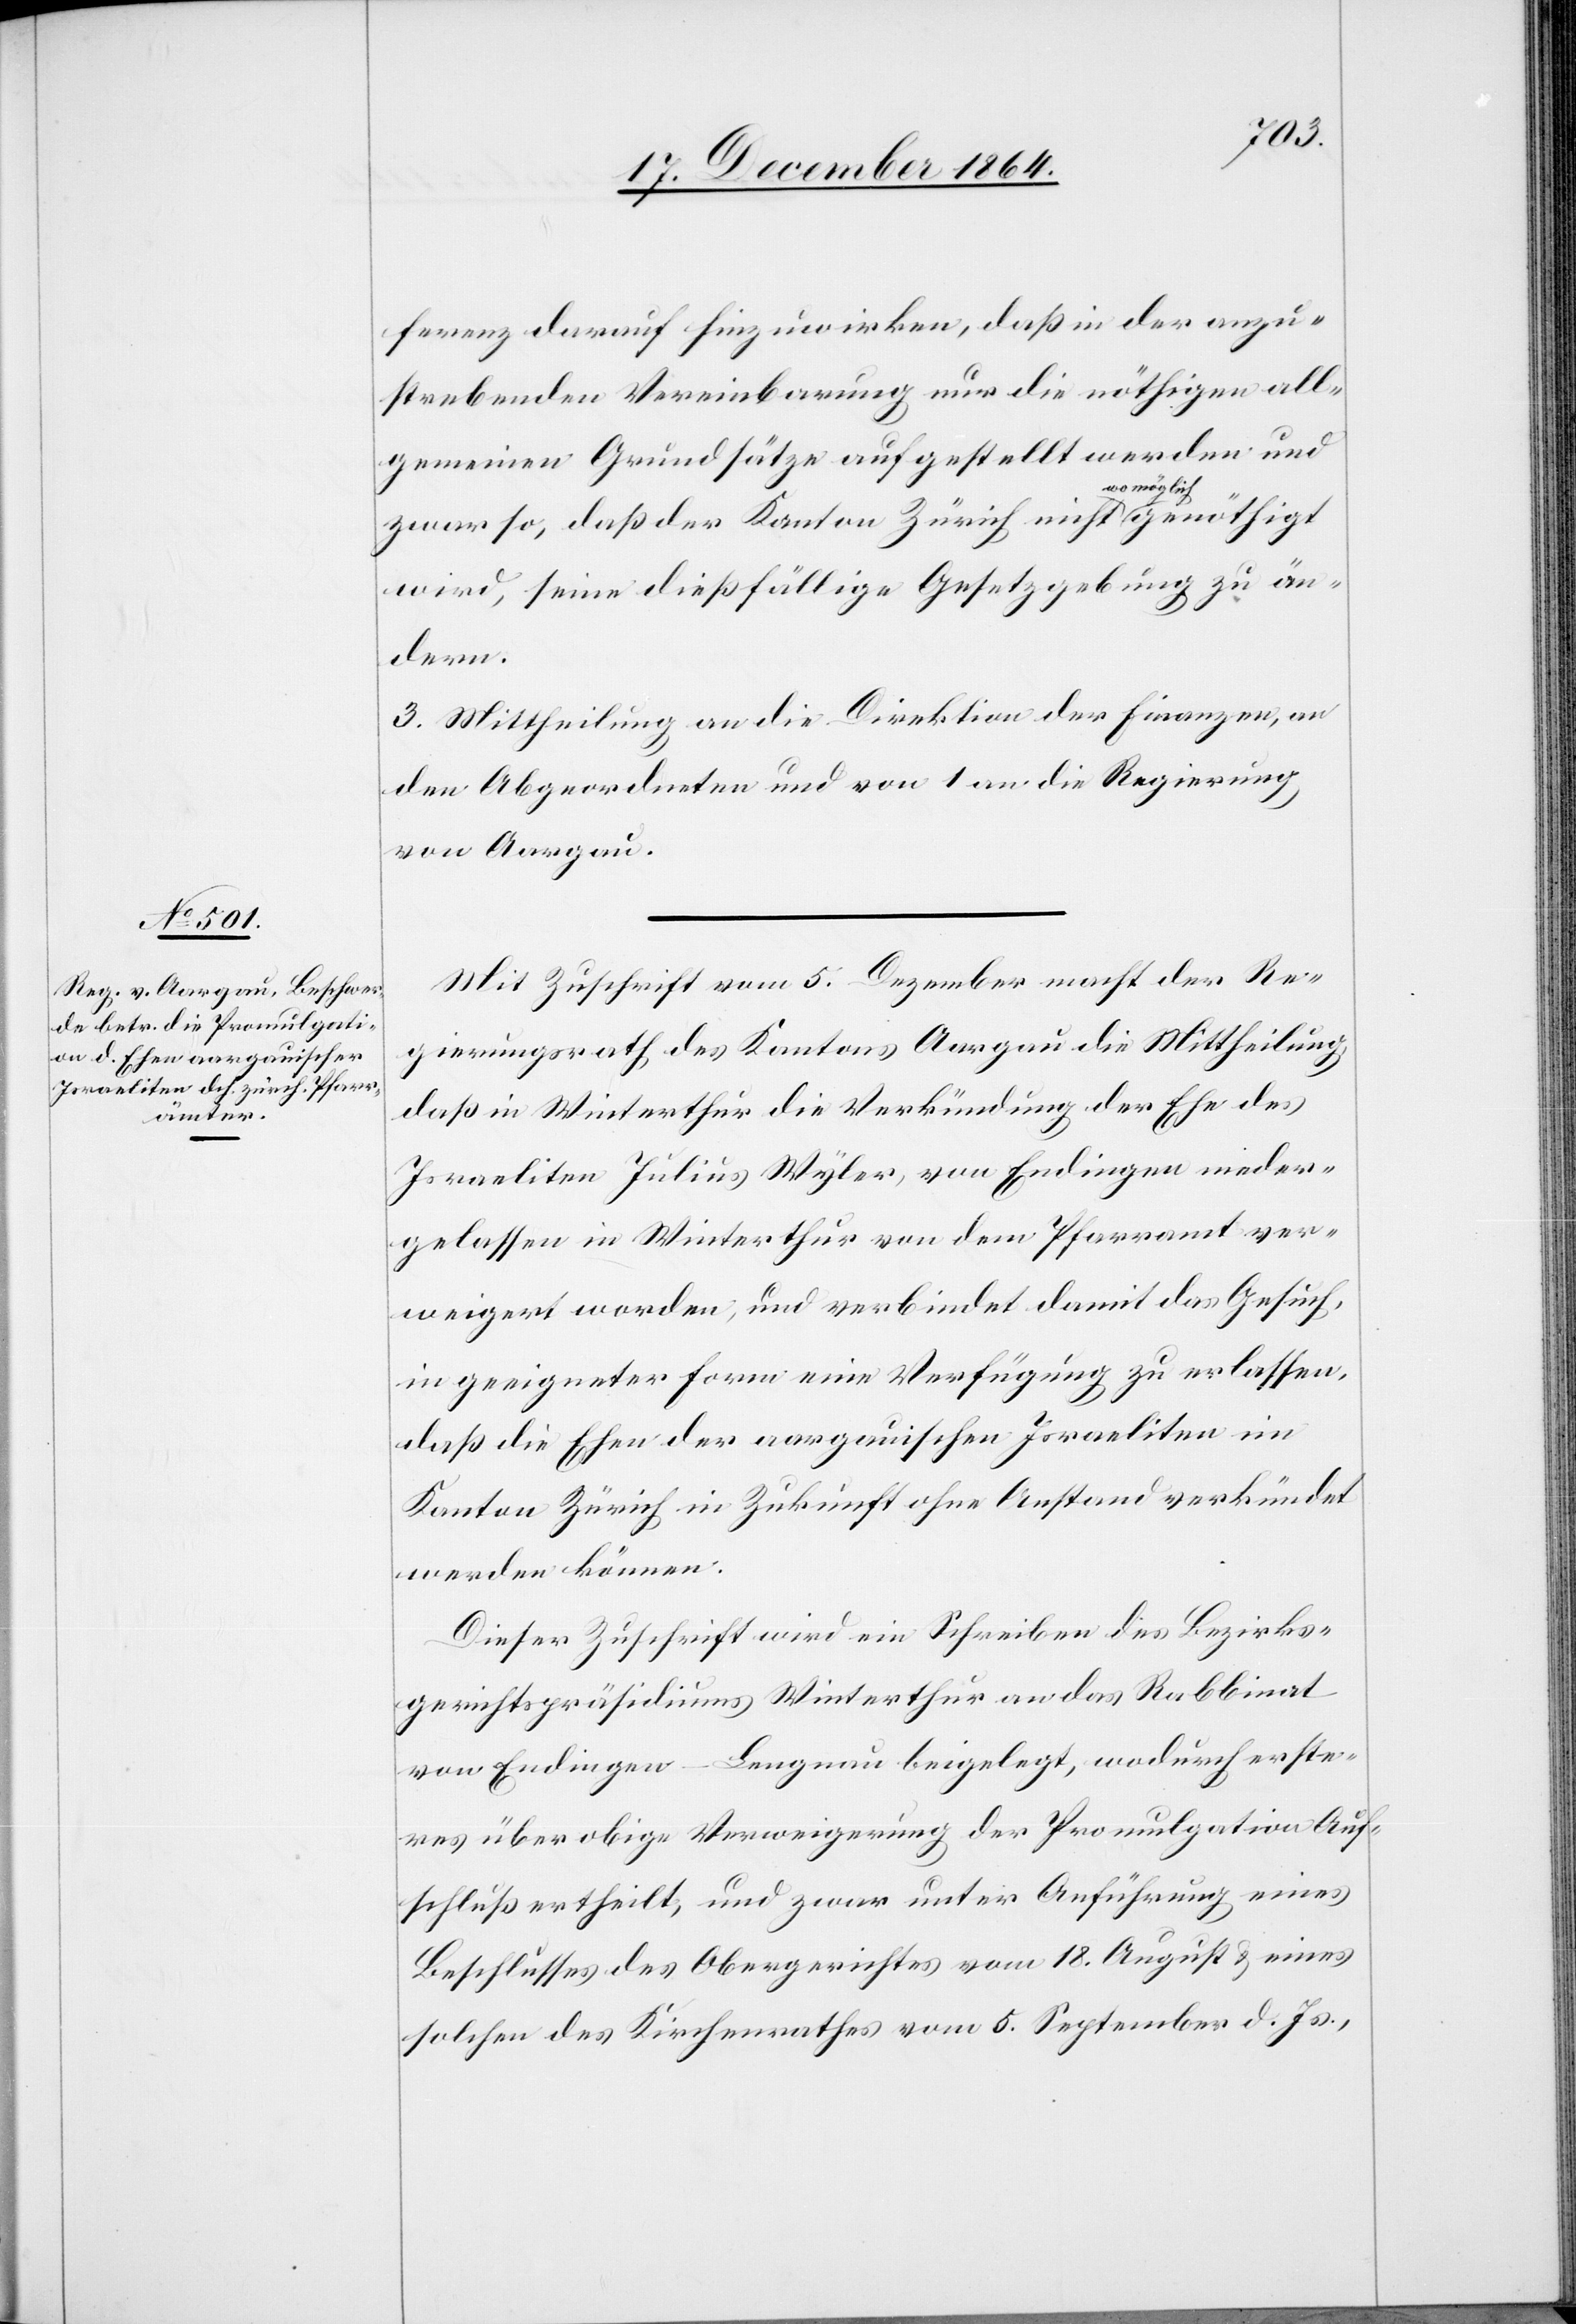
ferenz darauf hinzuwirken, daß in der anzu¬
strebenden Vereinbarung nur die nöthigen all¬
gemeinen Grundsätze aufgestellt werden und
zwar so, daß der Kanton Zürich nicht a-womöglich-a
wird, seine dießfällige Gesetzgebung zu än¬
dern.
3. Mittheilung an die Direktion der Finanzen, an
den Abgeordneten und von 1 an die Regierung
von Aargau.
Mit Zuschrift vom 5. Dezember macht der Re¬
gierungsrath des Kantons Aargau die Mittheilung,
daß in Winterthur die Verkündung der Ehe des
Israeliten Julius Wyler, von Endingen nieder¬
gelassen in Winterthur von dem Pfarramt ver¬
weigert worden, und verbindet damit das Gesuch,
in geeigneter Form eine Verfügung zu erlassen,
daß die Ehen der aargauischen Israeliten im
Kanton Zürich in Zukunft ohne Anstand verkündet
werden können.
Dieser Zuschrift wird ein Schreiben des Bezirks¬
gerichtspräsidiums Winterthur an das Rabbinat
von Endingen-Lengnau beigelegt, wodurch erste¬
res über obige Verweigerung der Promulgation Auf¬
schluß ertheilt, und zwar unter Anführung eines
Beschlusses des Obergerichtes vom 18. August & eines
solchen des Kirchenrathes vom 5. September d. Js,